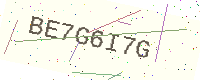
Text: BE7G6I7G